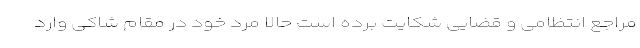
مراجع انتظامی و قضایی شکایت برده است حالا مرد خود در مقام شاکی وارد